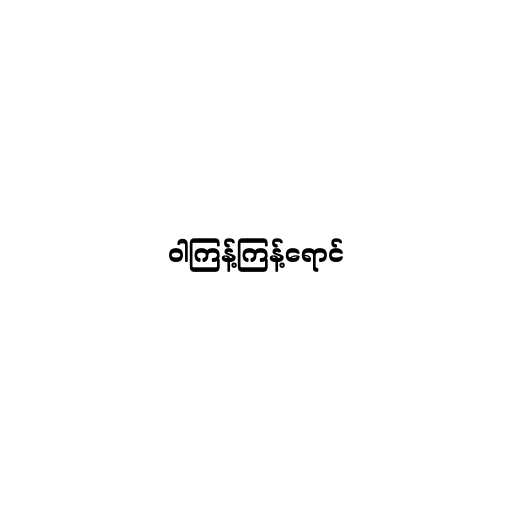
ဝါကြန့်ကြန့်ရောင်